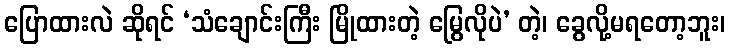
ပြောထားလဲ ဆိုရင် ‘သံချောင်းကြီး မြိုထားတဲ့ မြွေလိုပဲ’ တဲ့၊ ခွေလို့မရတော့ဘူး၊